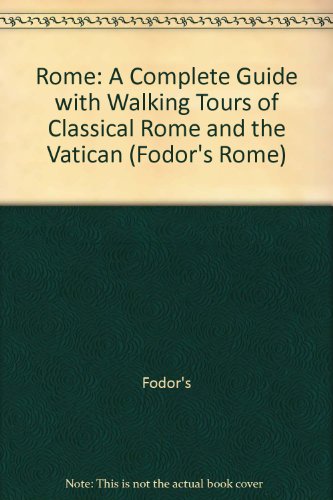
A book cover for Rome: A Complete Guide with Walking Tours of Classical Rome and the Vatican (Fodor's Rome); Fodor's; Travel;